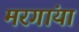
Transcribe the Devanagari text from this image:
मरगांया